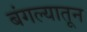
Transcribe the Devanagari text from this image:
बंगल्यातून